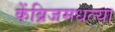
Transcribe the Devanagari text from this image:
केंब्रिजमधल्या